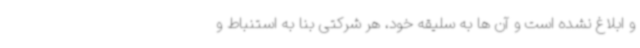
و ابلاغ نشده است و آن ها به سلیقه خود، هر شرکتی بنا به استنباط و